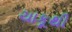
ચાકૂથી